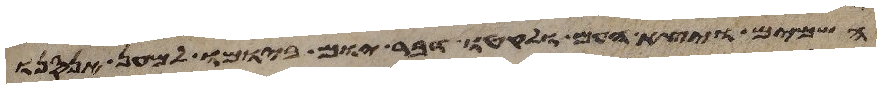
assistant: השמים ויצא העם ולקטו דבר יום ביומו למען אנסנו